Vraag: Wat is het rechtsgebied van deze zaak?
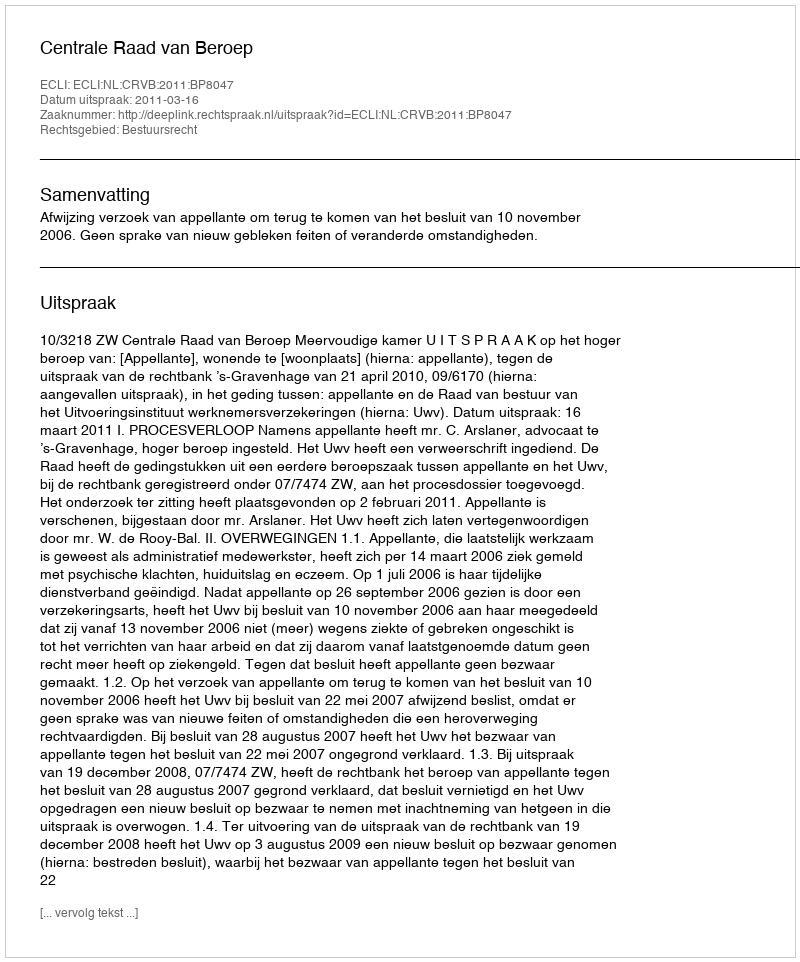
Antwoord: Bestuursrecht